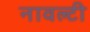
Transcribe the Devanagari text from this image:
नावल्‍टी